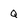
Character: Q